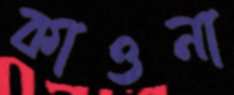
কাওনা